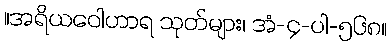
။အရိယဝေါဟာရ သုတ်များ၊ အံ-၄-ပါ-၅၆၈။